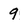
Character: 9